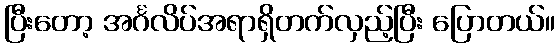
ပြီးတော့ အင်္ဂလိပ်အရာရှိတက်လှည့်ပြီး ပြောတယ်။